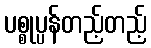
ပစ္စုပ္ပန်တည့်တည့်